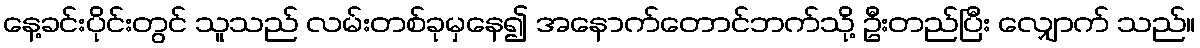
နေ့ခင်းပိုင်းတွင် သူသည် လမ်းတစ်ခုမှနေ၍ အနောက်တောင်ဘက်သို့ ဦးတည်ပြီး လျှောက် သည်။